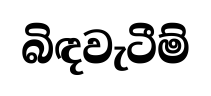
බිඳවැටීම්